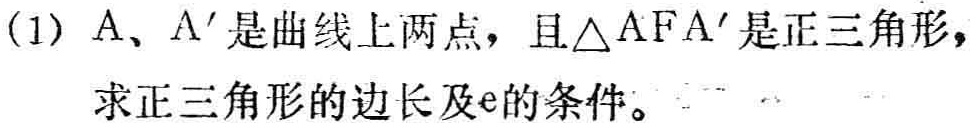
(1) \(A\)、\(A'\)是曲线上两点，且\(\triangle AFA'\)是正三角形，求正三角形的边长及\(e\)的条件。